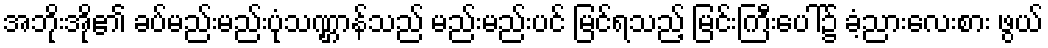
အဘိုးအို၏ ခပ်မည်းမည်းပုံသဏ္ဌာန်သည် မည်းမည်းပင် မြင်ရသည့် မြင်းကြီးပေါ်၌ ခံ့ညားလေးစား ဖွယ်